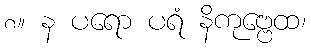
၈။ န ပရော ပရံ နိကုဗ္ဗေထ၊